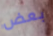
بعض